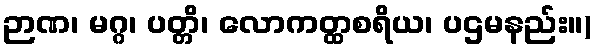
ဉာဏ၊ မဂ္ဂ၊ ပတ္တိ၊ လောကတ္ထစရိယ၊ ပဌမနည်း။)